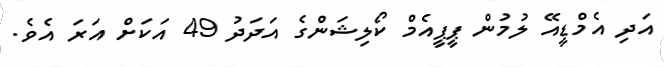
އަދި އެމްޑީއޭ ލުމުން ޕީޕީއެމް ކޯލިޝަންގެ އަދަދު 49 އަކަށް އަރަ އެވެ.